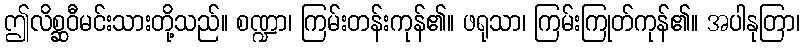
ဤလိစ္ဆဝီမင်းသားတို့သည်။ စဏ္ဍာ၊ ကြမ်းတန်းကုန်၏။ ဖရုသာ၊ ကြမ်းကြုတ်ကုန်၏။ အပါနုတြာ၊